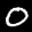
Label: 0